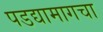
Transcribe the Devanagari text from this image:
पडद्यामागचा